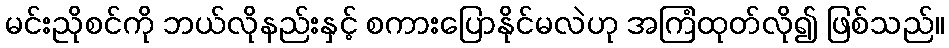
မင်းညိုစင်ကို ဘယ်လိုနည်းနှင့် စကားပြောနိုင်မလဲဟု အကြံထုတ်လို၍ ဖြစ်သည်။